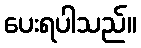
ပေးရပါသည်။